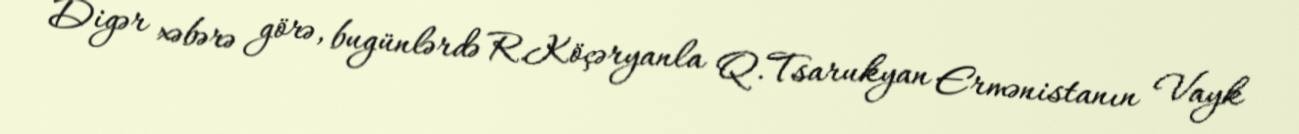
Digər xəbərə görə, bugünlərdə R.Köçəryanla Q.Tsarukyan Ermənistanın Vayk